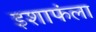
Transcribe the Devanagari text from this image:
इशाफंला